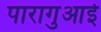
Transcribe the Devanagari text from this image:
पारागुआई